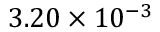
3 . 2 0 \times 1 0 ^ { - 3 }